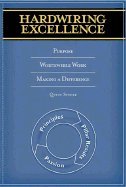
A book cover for Hardwiring Excellence: Purpose, Worthwhile Work, Making a Difference; Quint Studer; Medical Books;